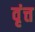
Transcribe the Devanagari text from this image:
वृंत्त